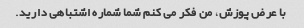
با عرض پوزش، من فکر می کنم شما شماره اشتباهی دارید.